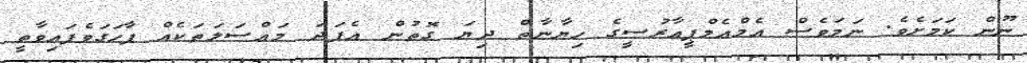
ނޫން ކަމަށެވެ. ނަމަވެސް އެމްއެމްޕީއާރުސީގެ ހިޔާނާތް ދިޔަ ގޮތުން އެފަދަ މައްސަލަތަކެއް ފާހަގަވެފައިވާތީ